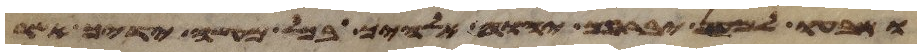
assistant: ושבעו למען יברכך יהוה אלהיך בכל מעשה ידיך אשר